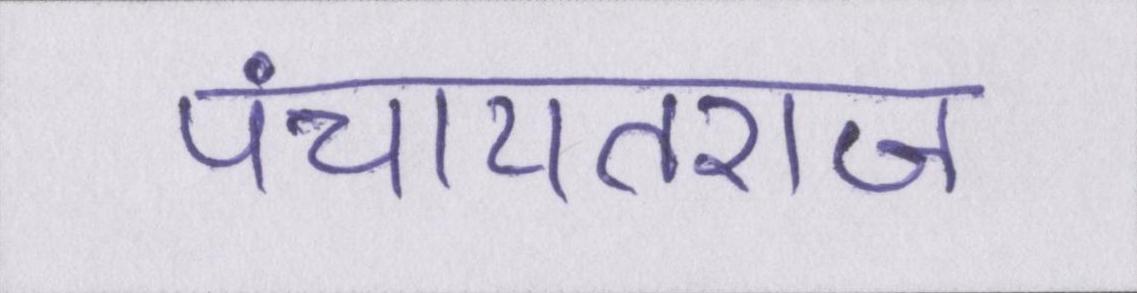
पंचायतराज